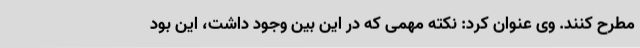
مطرح کنند. وی عنوان کرد: نکته مهمی که در این بین وجود داشت، این بود